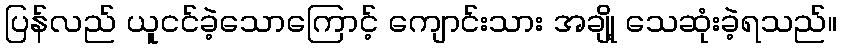
ပြန်လည် ယူငင်ခဲ့သောကြောင့် ကျောင်းသား အချို့ သေဆုံးခဲ့ရသည်။